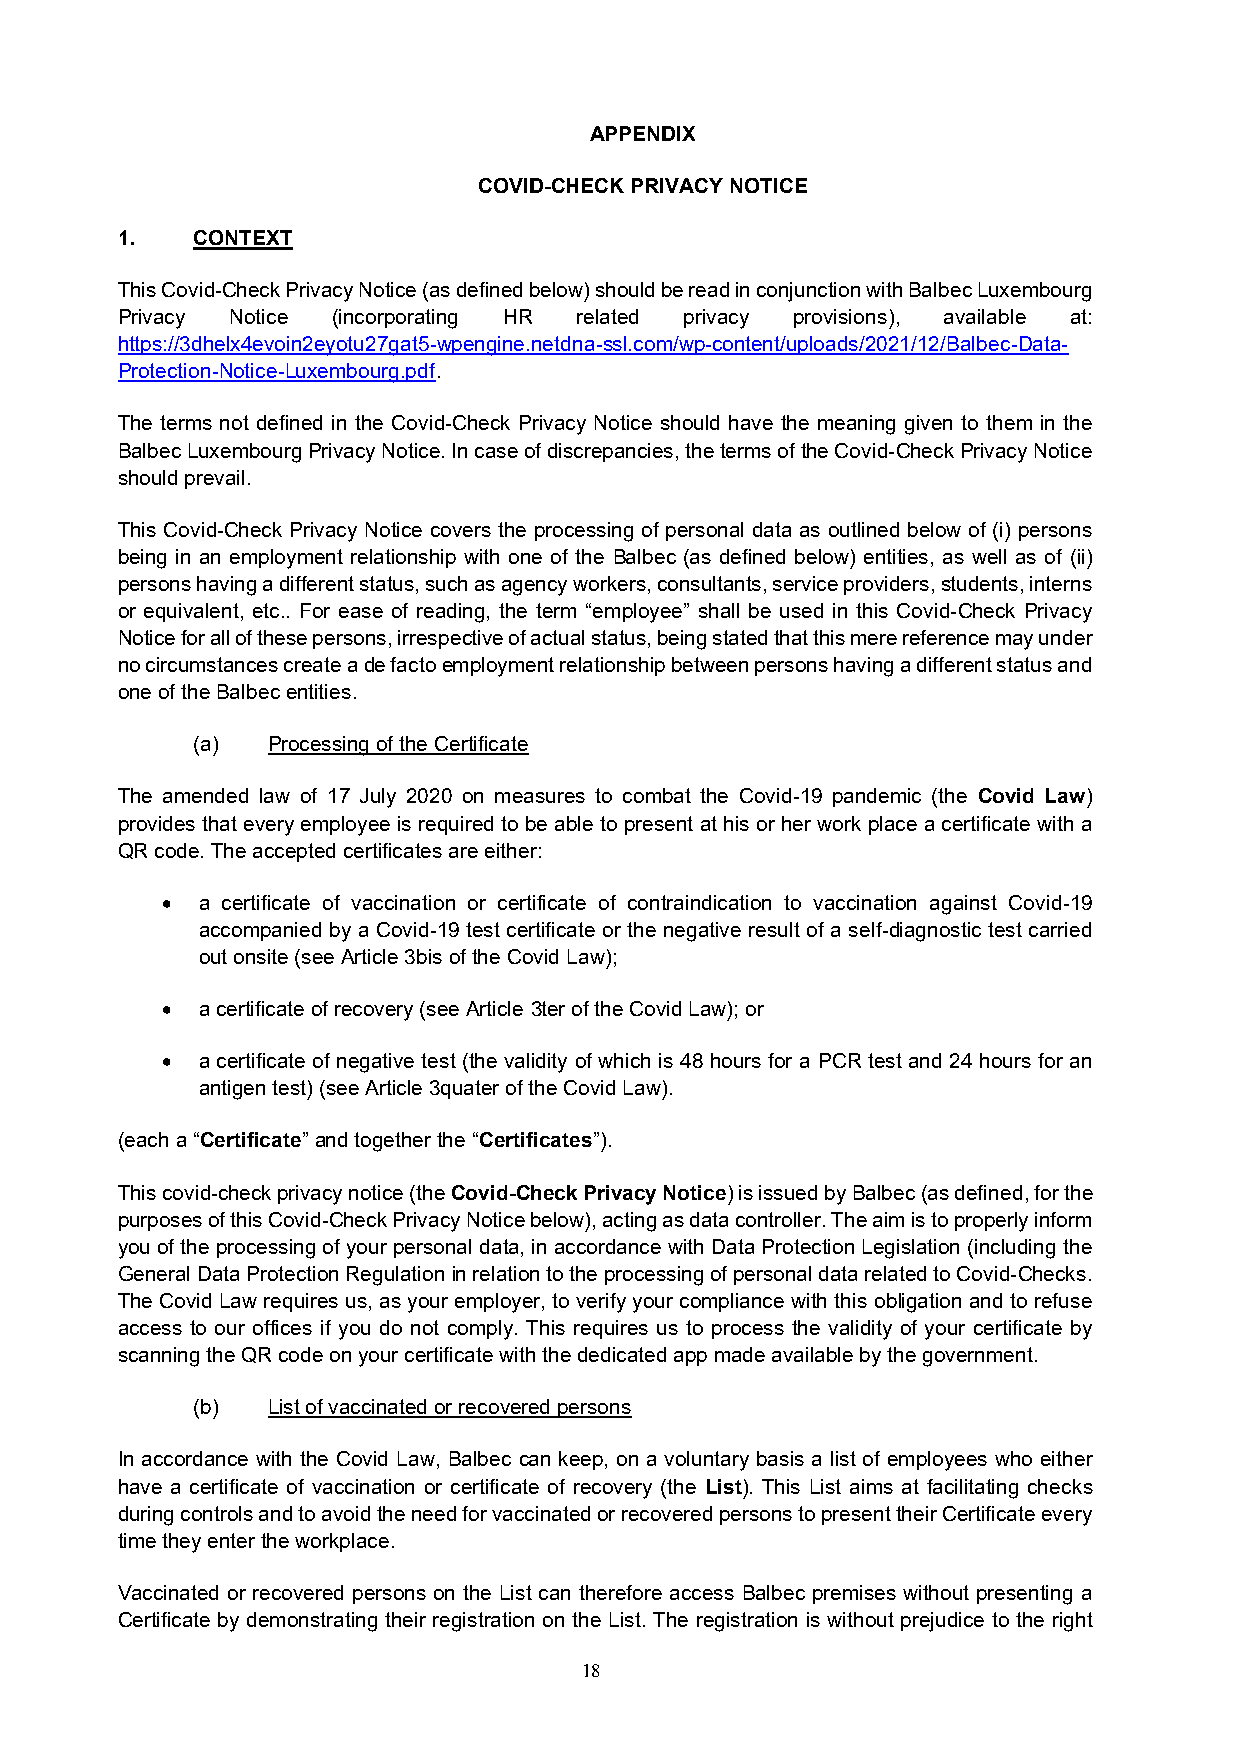
APPENDIX
 COVID-CHECK PRIVACY NOTICE
 1.   CONTEXT
 This Covid-Check Privacy Notice (as defined below) should be read in conjunction with Balbec Luxembourg
 Privacy Notice (incorporating HR related privacy provisions), available at:
 https://3dhelx4evoin2eyotu27gat5-wpengine.netdna-ssl.com/wp-content/uploads/2021/12/Balbec-Data-
 Protection-Notice-Luxembourg.pdf.
 The terms not defined in the Covid-Check Privacy Notice should have the meaning given to them in the
 Balbec Luxembourg Privacy Notice. In case of discrepancies, the terms of the Covid-Check Privacy Notice
 should prevail.
 This Covid-Check Privacy Notice covers the processing of personal data as outlined below of (i) persons
 being in an employment relationship with one of the Balbec (as defined below) entities, as well as of (ii)
 persons having a different status, such as agency workers, consultants, service providers, students, interns
 or equivalent, etc.. For ease of reading, the term “employee” shall be used in this Covid-Check Privacy
 Notice for all of these persons, irrespective of actual status, being stated that this mere reference may under
 no circumstances create a de facto employment relationship between persons having a different status and
 one of the Balbec entities.
 (a)  Processing of the Certificate
 The amended law of 17 July 2020 on measures to combat the Covid-19 pandemic (the Covid Law)
 provides that every employee is required to be able to present at his or her work place a certificate with a
 QR code. The accepted certificates are either:
 • a certificate of vaccination or certificate of contraindication to vaccination against Covid-19
 accompanied by a Covid-19 test certificate or the negative result of a self-diagnostic test carried
 out onsite (see Article 3bis of the Covid Law);
 • a certificate of recovery (see Article 3ter of the Covid Law); or
 • a certificate of negative test (the validity of which is 48 hours for a PCR test and 24 hours for an
 antigen test) (see Article 3quater of the Covid Law).
 (each a “Certificate” and together the “Certificates”).
 This covid-check privacy notice (the Covid-Check Privacy Notice) is issued by Balbec (as defined, for the
 purposes of this Covid-Check Privacy Notice below), acting as data controller. The aim is to properly inform
 you of the processing of your personal data, in accordance with Data Protection Legislation (including the
 General Data Protection Regulation in relation to the processing of personal data related to Covid-Checks.
 The Covid Law requires us, as your employer, to verify your compliance with this obligation and to refuse
 access to our offices if you do not comply. This requires us to process the validity of your certificate by
 scanning the QR code on your certificate with the dedicated app made available by the government.
 (b)  List of vaccinated or recovered persons
 In accordance with the Covid Law, Balbec can keep, on a voluntary basis a list of employees who either
 have a certificate of vaccination or certificate of recovery (the List). This List aims at facilitating checks
 during controls and to avoid the need for vaccinated or recovered persons to present their Certificate every
 time they enter the workplace.
 Vaccinated or recovered persons on the List can therefore access Balbec premises without presenting a
 Certificate by demonstrating their registration on the List. The registration is without prejudice to the right
 18